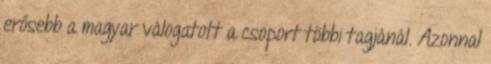
erősebb a magyar válogatott a csoport többi tagjánál. Azonnal